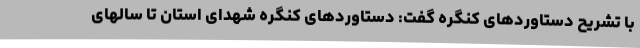
با تشریح دستاوردهای کنگره گفت: دستاوردهای کنگره شهدای استان تا سالهای